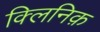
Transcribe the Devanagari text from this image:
क्लिनिक़